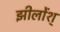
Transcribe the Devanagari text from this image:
झीलोंश्